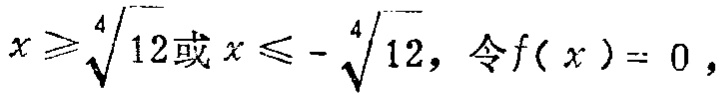
$x \geqslant \sqrt[4]{12}或x \leqslant -\sqrt[4]{12},\ 令f(x)=0,$